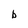
Character: b